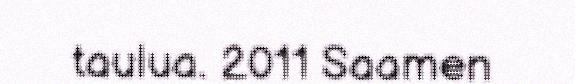
taulua. 2011 Saamen